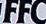
FFC